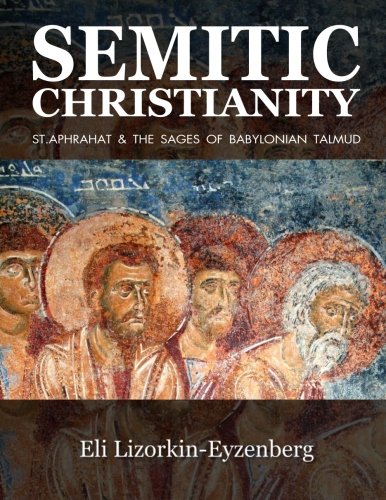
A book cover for Semitic Christianity: St. Aphrahat & The Sages of Babylonian Talmud; Eli Lizorkin-Eyzenberg; History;